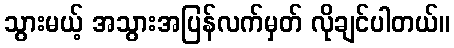
သွားမယ့် အသွားအပြန်လက်မှတ် လိုချင်ပါတယ်။